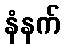
နံနက်